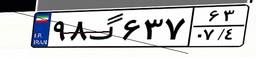
۹۸گ۶۳۷۶۳